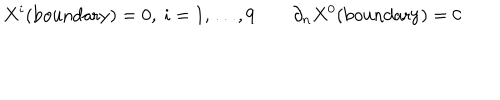
LaTeX: X ^ { i } ( \mathrm { b o u n d a r y } ) = 0 , ~ i = 1 , \dots , 9 \qquad \partial _ { n } X ^ { 0 } ( \mathrm { b o u n d a r y } ) = 0